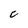
Character: C